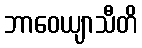
ဘာဝေယျာသီတိ